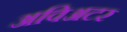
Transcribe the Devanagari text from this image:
अविअटर